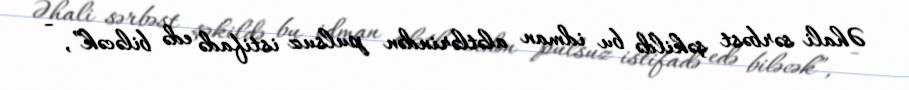
Əhali sərbəst şəkildə bu idman alətlərindən pulsuz istifadə edə biləcək”, -